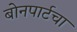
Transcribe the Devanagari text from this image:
बोनपार्टचा